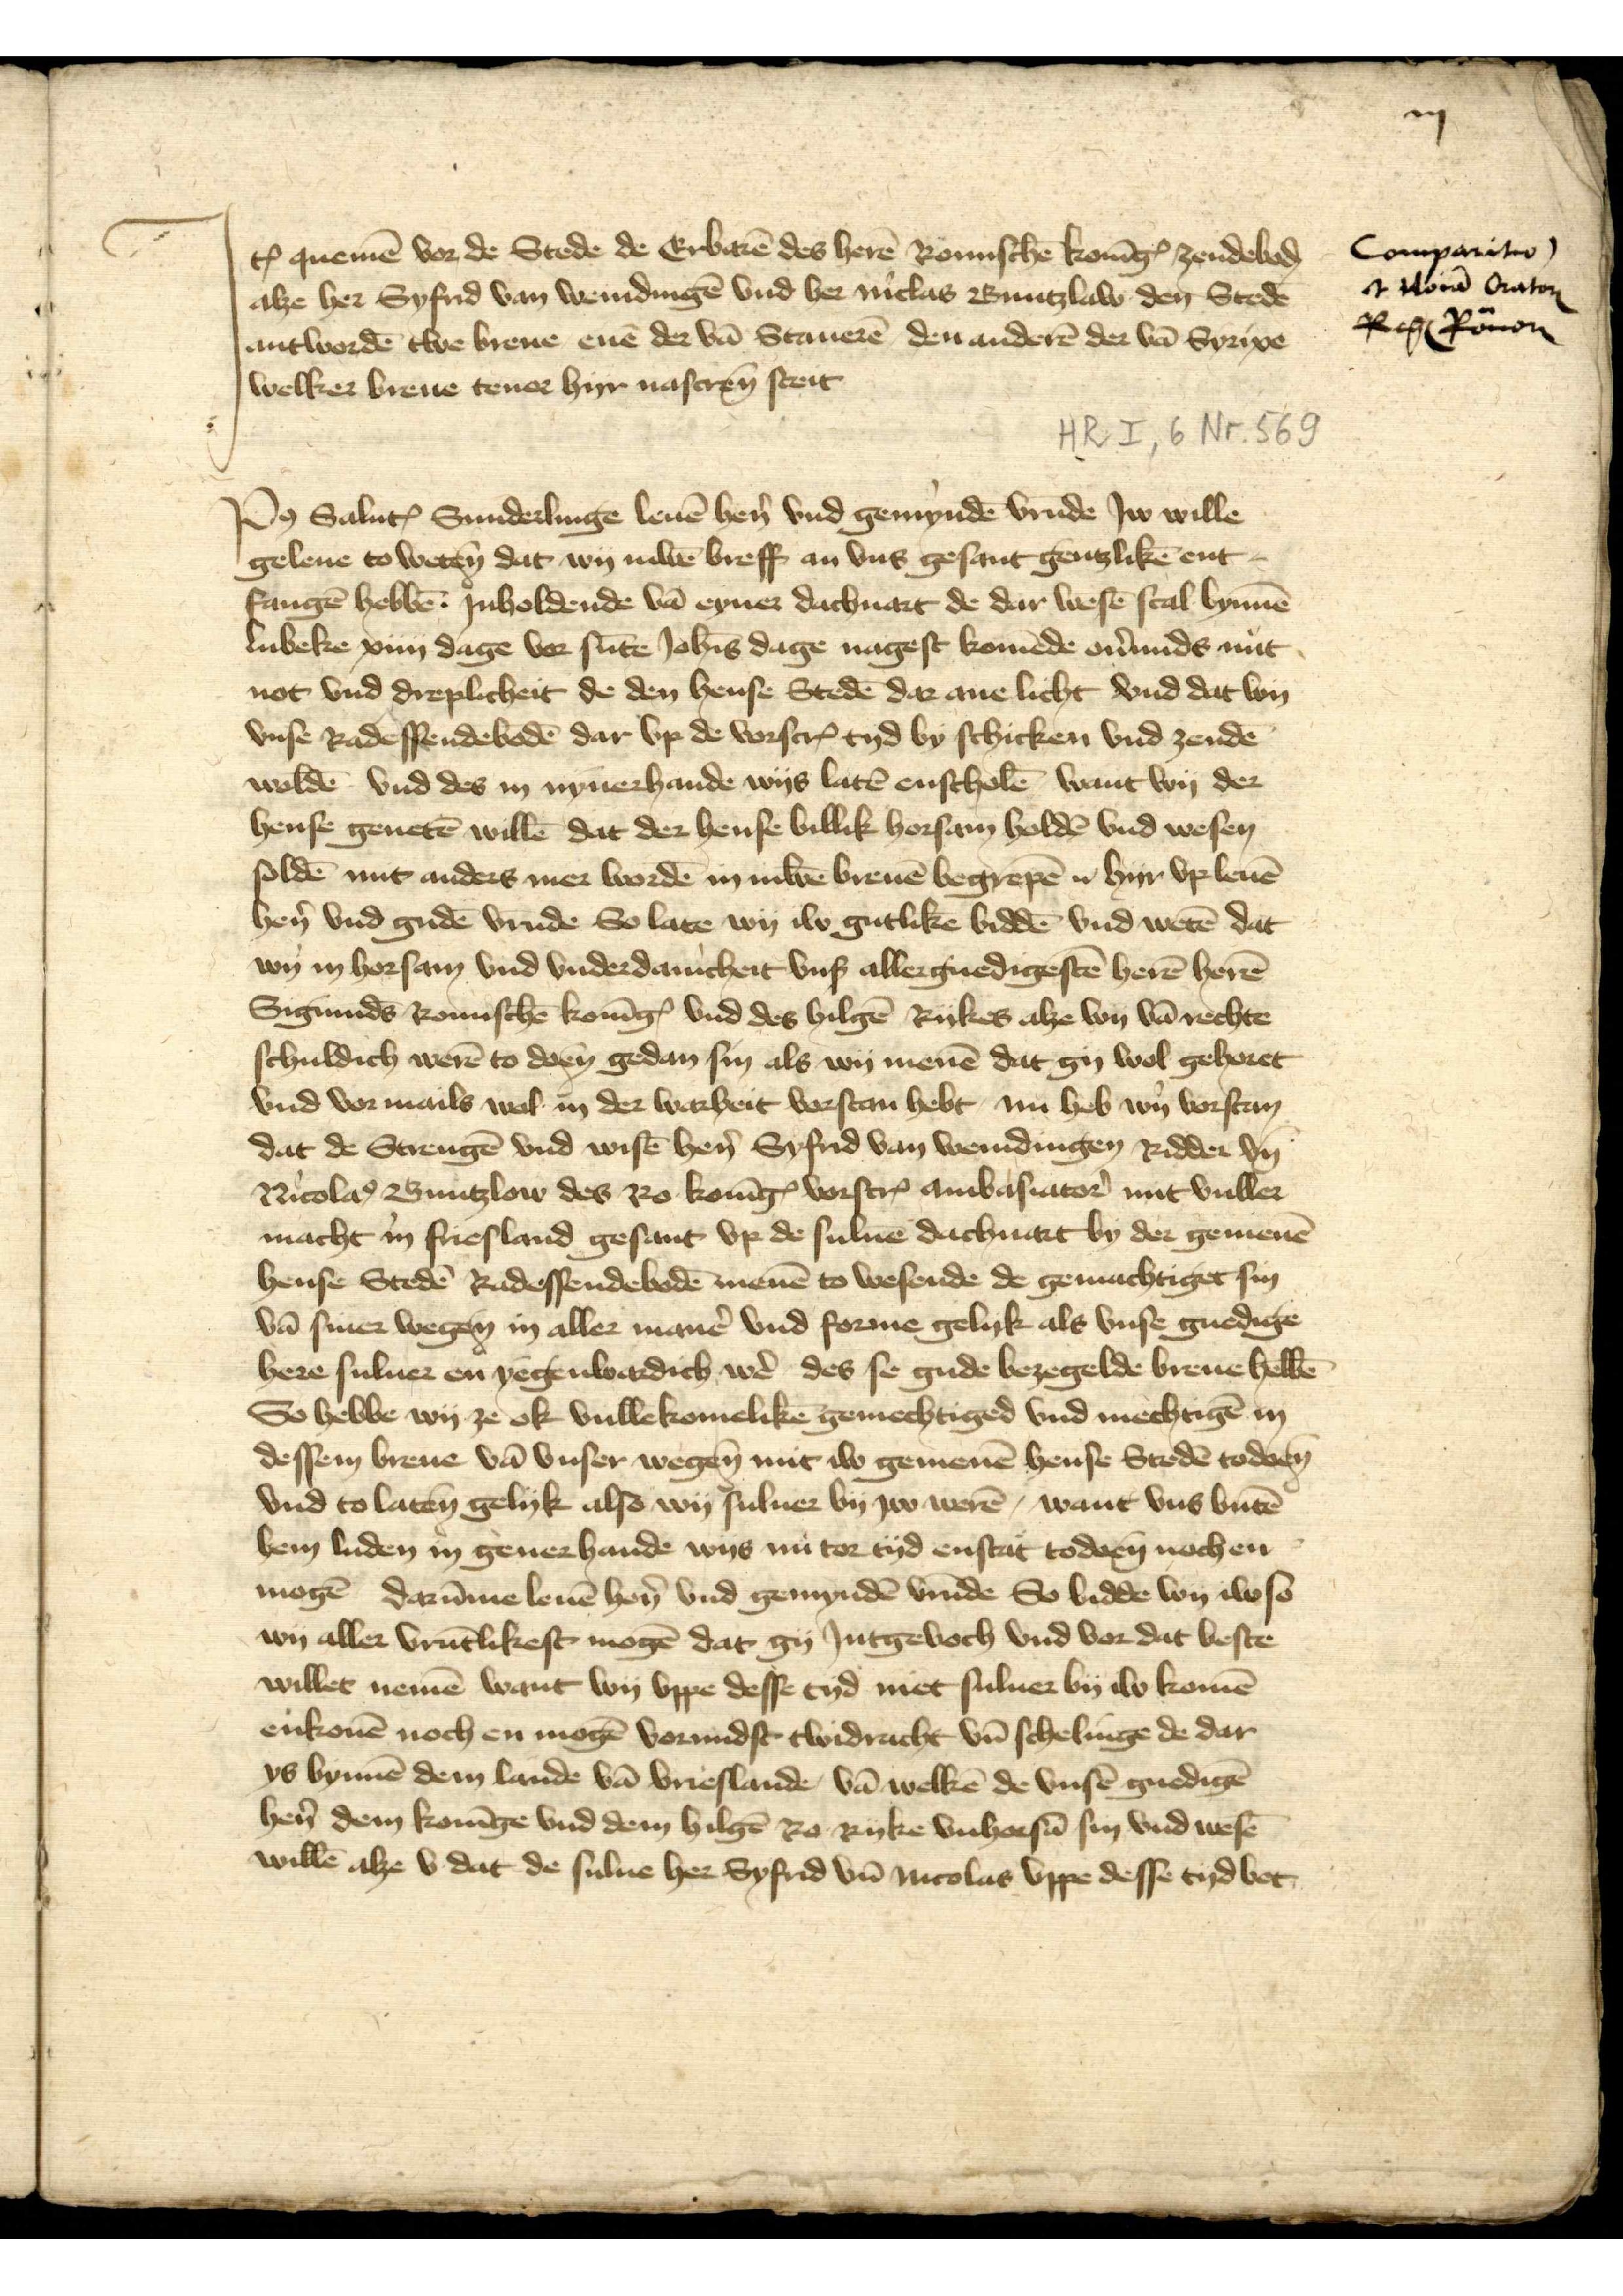
iij

Jꝷ quemē vor de Stede de Erbarē des herē Romischē KonīgꝬ zendeboḑ
alze her Syfrid van Wemdingē vnd her Niclas Buntzlaw den Stede
antwordē twe breue enē der vā Stauezē den anderē der van Syrixe
welker breue teuor hyr nascreū steit

Compasito 
it horā Oratoŗ
RegꝬ Romaņ

Po̧ Saluꝷ Sunderlinge leuē hẻn vnd gemyndē vrūde Jw wille
geleue to weten dat wy iuwē breff an vns gesant gentzlikē ent¬
fangē hebbē inholdende vā eyner dachuart de dar wesē scal bynnē
Lubeke xiiij dage vor sūte Joh̄is dage nagest komēde oủmids nut
not vnd dreplicheit de den hense Stedē dar anelicht vnd dat wy
vnse Radessendebodē dar vp de vorscrꝬ tyd schicken vnd zendē
woldē vnd des in nynerhande wys latē entscholē want wy der
hense geuetē willē dat der hense billik horsam holdē vnd wesen
soldē mit anders mer wordē in iuwē breuē begrepē u hyr vp leuē
hẻn vnd gudē vrūde So late wy iw gutliken biddē vnd wetē dat 
wy in horsam vnd vnderdanicheit vnß aller guedigstē herē herē
Sigmunds Romischē KonīgꝬ vnd des hilgē Rykes alze wy vā rechte
schuldich werē to doen gedan sin als wy menē dat gy wol gehoret
vnd vor mails wol in der warheit vorstan hebt, nu heb wy vorstan
dat de Strengē vnd wisē hẻn Syfrid van Wemdingen Ridder vn̄
Nicolas Buntzlow des Ro KonīgꝬ vorscrꝬ ambasiator̉ mit vuller
macht in Friesland gesant vp de sulue dachuart by der gemenē
hense Stedē Radessendebodē menē to wesende de gemachtiget sin
vā siner wegen in aller manē vnd forme gelyk als vnse gnadige
here suluer en yegenwardich wẻ des se gude bezegelde breue hebbē
So hebbe wy ze ok vullē komelikē gemechtiged vnd mechtigē in
dessem breue van vnser wegen mit iw gemenē hense Stedē todoen
vnd to laten gelyk also wy suluer by iw werē, want vns butzē
hem luden in generhande wys nu tor tyd enstat todoen noch en
mogē darūme leuē hẻn vnd gemyndē vrūde so bidde wy iw so
wy aller vrūtlikest mogē dat gy Jntgevoch vnd vor dat beste
willet nemē want wy vppe desse tyd niet suluer by iw komē
einkonē noch en mogē vormidst twidracht vn̄ schelinge de dar
ys bynnē dem lande vā Vrieslande vā welkē de vnsē gnedigē
hẻn dem Konīge vnd dem hilgē Ro Ryke vnhorsā syn vnd wesē
willē alze v dat de sulue her Syfrid vn̄ Nicolas vppe desse ty bot